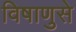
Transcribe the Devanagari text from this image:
विषाणुसे